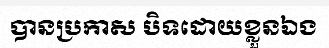
បានប្រកាស បិទដោយខ្លួនឯង